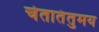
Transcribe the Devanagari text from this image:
चेतातंतुमय